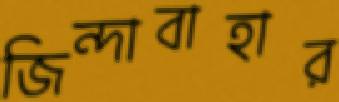
জিন্দাবাহার